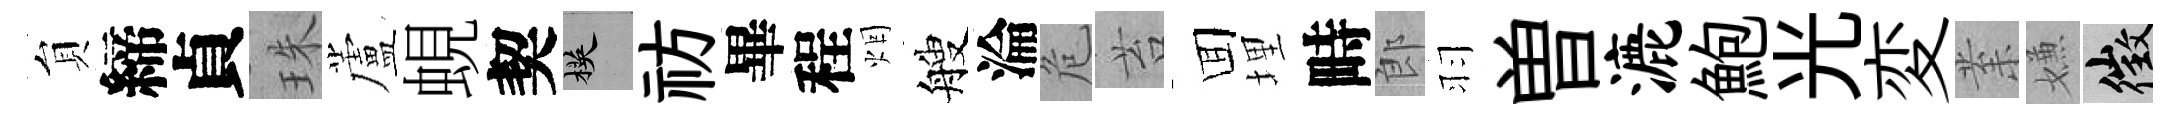
貟締貞珠蘆蜆契楧祊畢程烟艘淪危苔囬埋畤郎羽曽漉鮑光変𭪙嫌徵